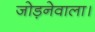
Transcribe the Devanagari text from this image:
जोड़नेवाला।